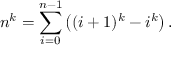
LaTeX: n ^ { k } = \sum _ { i = 0 } ^ { n - 1 } \left( ( i + 1 ) ^ { k } - i ^ { k } \right) .